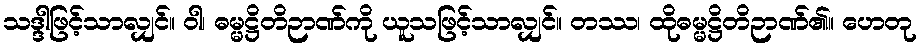
သဒ္ဒါဖြင့်သာလျှင်။ ဝါ၊ ဓမ္မဋ္ဌိတိဉာဏ်ကို ယူသဖြင့်သာလျှင်။ တဿ၊ ထိုဓမ္မဋ္ဌိတိဉာဏ်၏။ ဟေတု